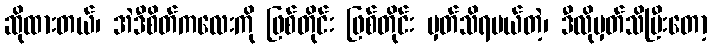
ဆိုထားတယ်၊ အဲဒီစိတ်ကလေးကို ဖြစ်တိုင်း ဖြစ်တိုင်း မှတ်သိရမယ်တဲ့၊ ဒီလိုမှတ်သိပြီးတော့